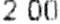
2.00